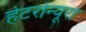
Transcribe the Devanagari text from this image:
हेटरोन्यूरा